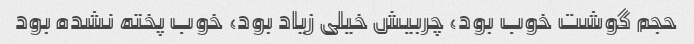
حجم گوشت خوب بود، چربیش خیلی زیاد بود، خوب پخته نشده بود